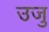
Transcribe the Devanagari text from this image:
उजु